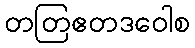
တတြဧတဒဝေါစ